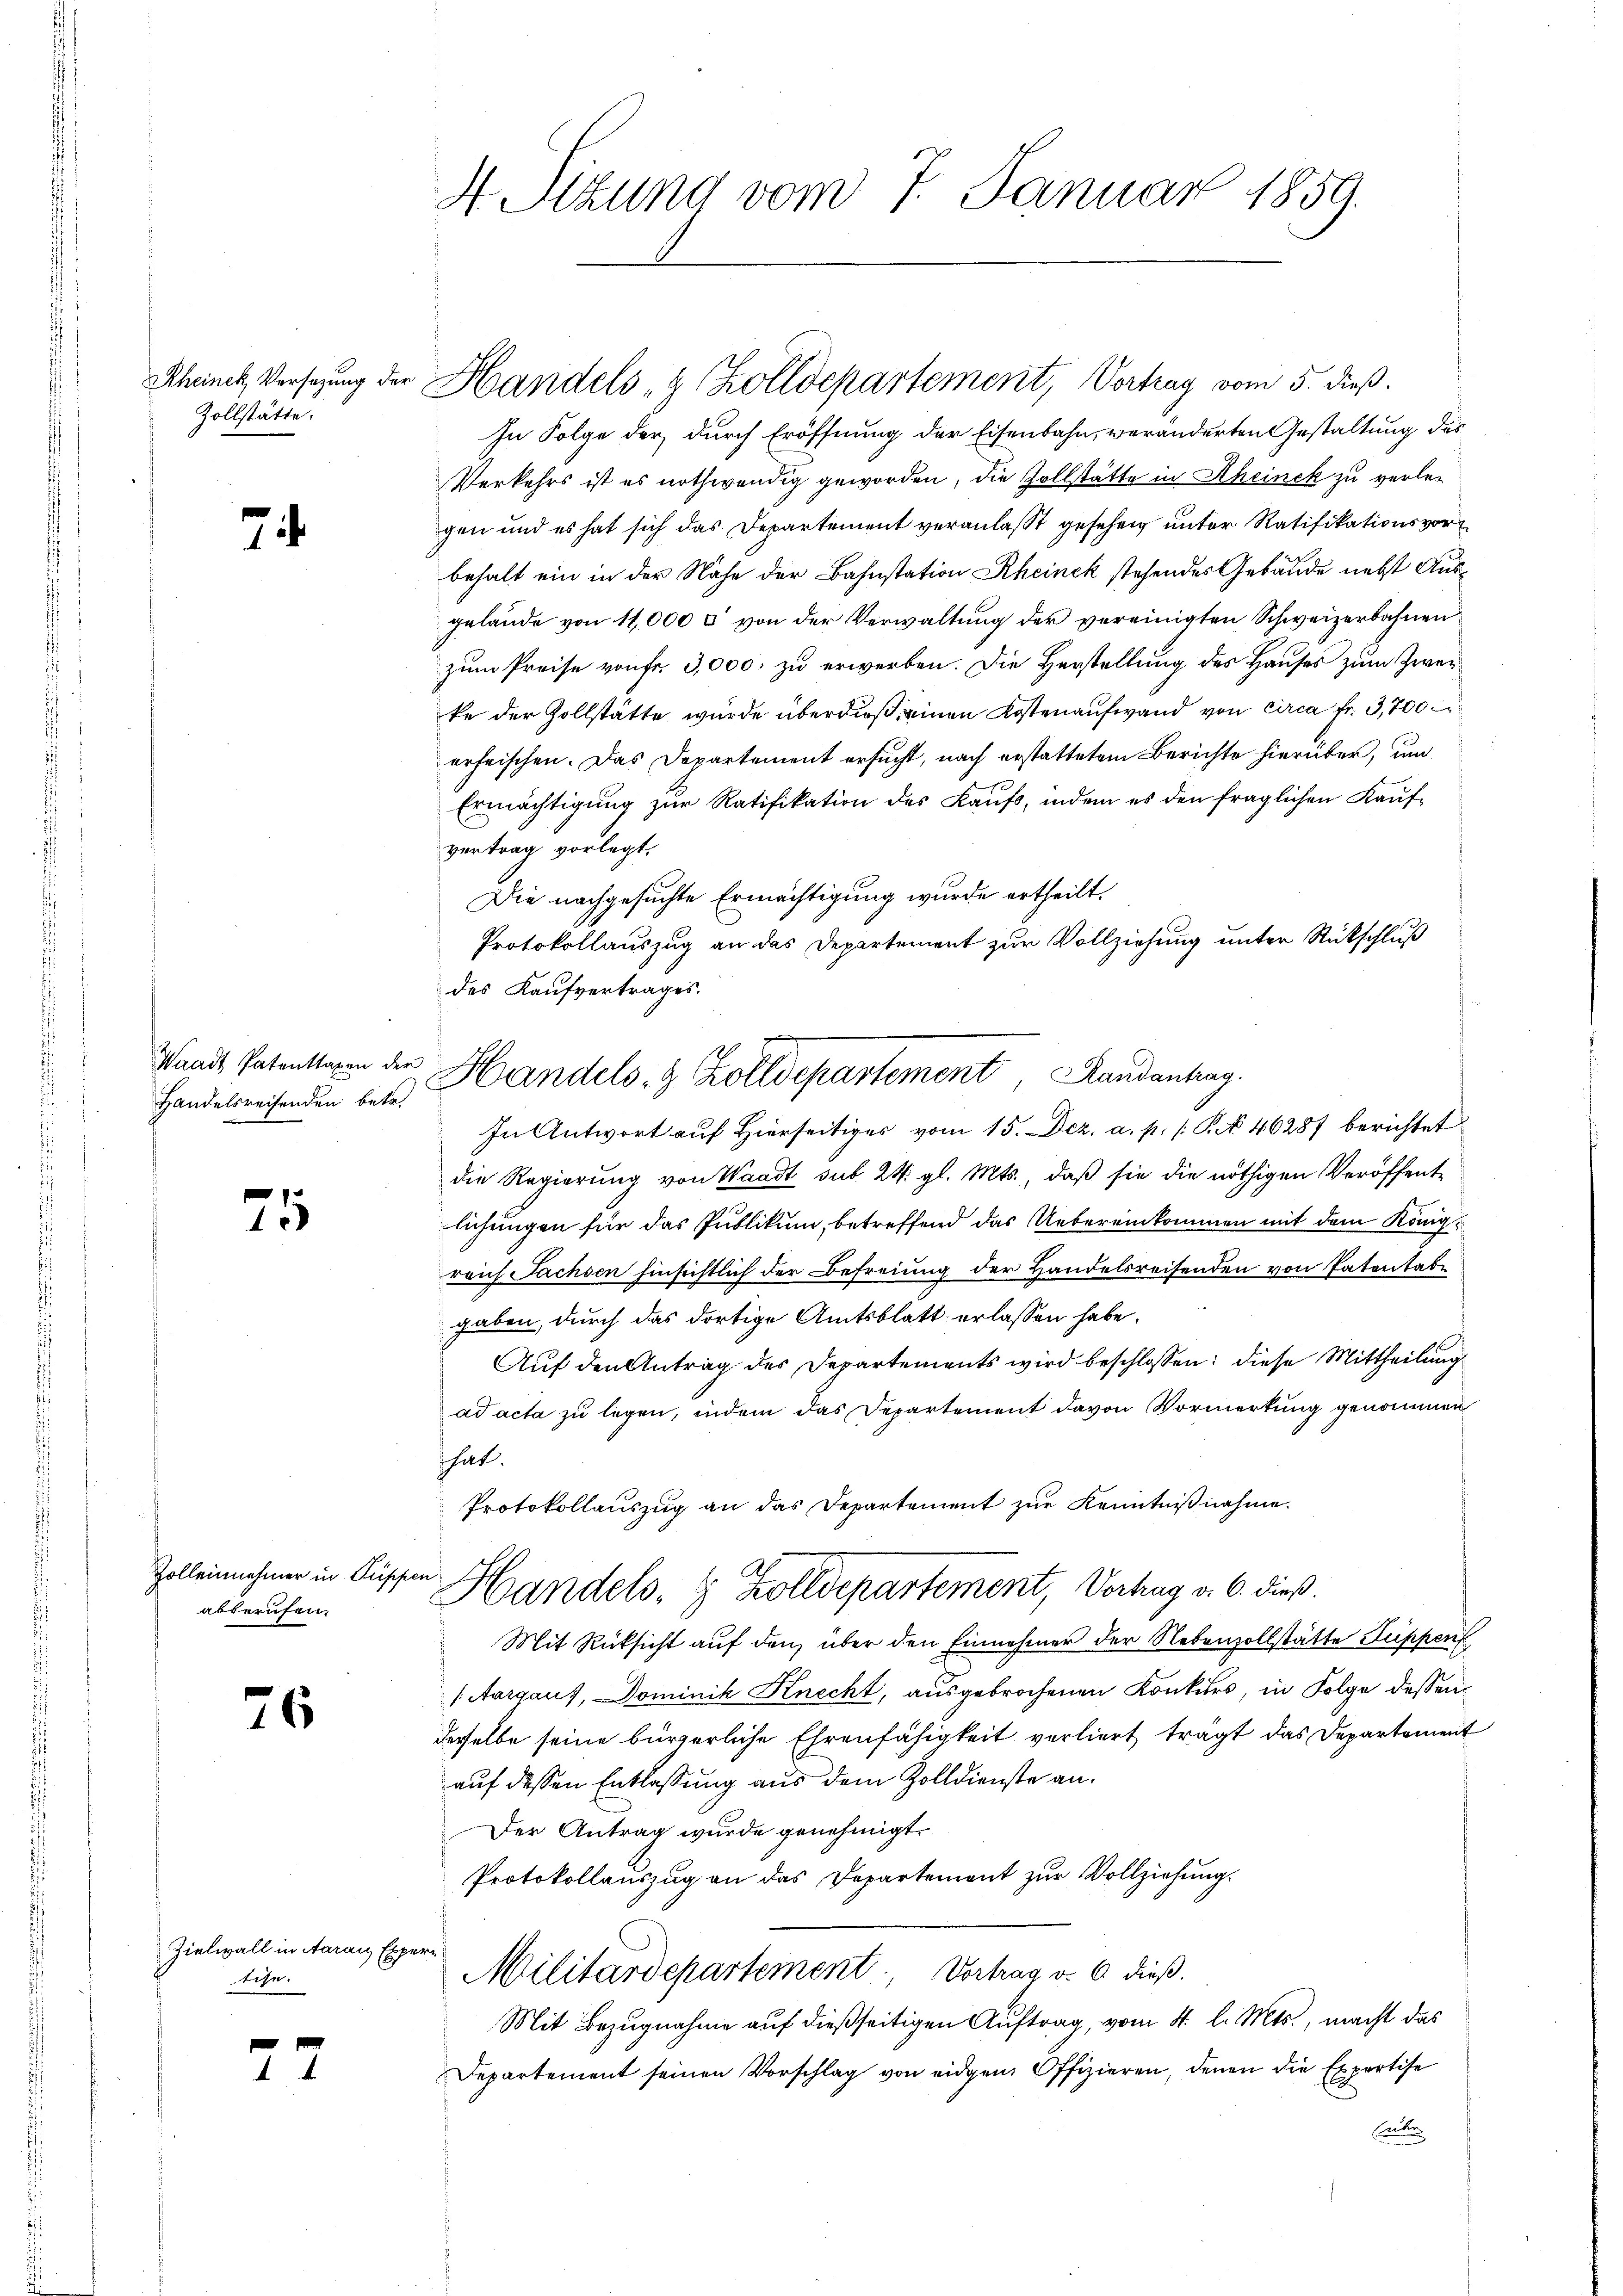
Handelsreisenden betr.

Zollstätte.

7

1
4

Zolleinehmer in Fuß
abberufen.

76

Zielwall in Aarau Expertin.

77

4 Stzung vom 7. Januar 1859.

Rheinck, Versezung der Handels & Zolldepartement, Vortrag vom 5. dieß.

In Folge der durch Eröffnung der Eisenbahn, veränderten Gestaltung des
Verkehrs ist es nothwendig geworden, die Zollstätte in Rheinek zu verlegen und es hat sich das Departement veranlaßt gesehen unter Ratifikationsvorbehalt ein in der Nähe der Bahnstation Rheinek stehendes Gebäude nebst Ausgelände von 11,000 & von der Verwaltung der vereinigten Schweizerbahnen
zum Preise von fr. 3,000. zu erwerben. Die Herstellung des Hauses zum Zweike der Zollstätte wurde überdieß einen Kostenaufwand von circa Fr. 3,700
erfrischen. Das Departement ersucht, nach erstattetem Berichte hierüber, um
Ermächtigung zur Ratifikation des Kaufs, indem es den fraglichen Kauf-
vertrag vorlegt.
Die nachgesuchte Ermächtigung wurde ertheilt,
Protokollauszug an das Departement zur Vollziehung unter Rückschluß
des Kaufvertrages.
In Antwort auf Hierseitiges vom 15. Dez. a. p. P. Nr. 46287 berichtet
die Regierung von Waadt sub 24. gl. Mts., daß sie die nöthigen Veröffentlichungen für das Publikum, betreffend das Uebereinkommen mit dem Königreich Sachsen hinsichtlich der Befreiung der Handelsreisenden von Patentabe
gaben, durch das dortige Amtsblatt erlassen habe.
Auf den Antrag des Departements wird beschlossen: diese Mittheilung
ad acta zu legen, indem das Departement davon Vormerkung genommen
hat.
Protokollauszug an das Departement zur Kenntnißnahme.
ken:
Handels, 8 Zolldepartement, Verhag v. 6. dieß.
Mit Rücksicht auf den über den Einnehmer der Nebenzollstätte Suppen
(Aargaus, Dominik Knecht, ausgebrochenen Konkurs, in Folge dessen
derselbe seine bürgerliche Ehrenfähigkeit verliert trägt das Departement
auf dessen Entlassung aus dem Zolldienste an.
Der Antrag wurde genehmigt.
Protokollauszug an das Departement zur Vollziehung.
Militärdepartement, Vortrag v. 6. dieß.
Mit Bezugnahme auf dießseitigen Auftrag, vom 4. l. Mts., macht das
Departement seinen Vorschlag von eidgen Offizieren, denen die Expertise
Enter

Waadt Patenstagen der Handels- & Zolldepartement, Handenhag